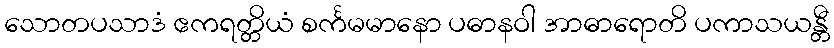
သောတပသာဒံ ဧကရတ္တိယံ စင်္ကမမာနော ပဓာနဝါ အာဓာရောတိ ပကာသယန္တီ